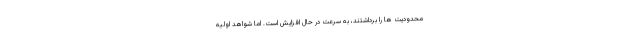
محدودیت ها را برداشتند، به سرعت در حال افزایش است. اما شواهد اولیه